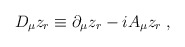
\begin{align*}D_\mu z_r\equiv \partial_\mu z_r-iA_\mu z_r\;,\end{align*}